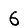
Digit: 6